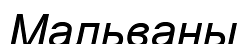
Мальваны